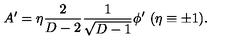
A ^ { \prime } = \eta { \frac { 2 } { D - 2 } } { \frac { 1 } { \sqrt { D - 1 } } } \phi ^ { \prime } \ ( \eta \equiv \pm 1 ) .